Vaccination Hyderabad 1872-1889 - 1872-1889
Year: 1872
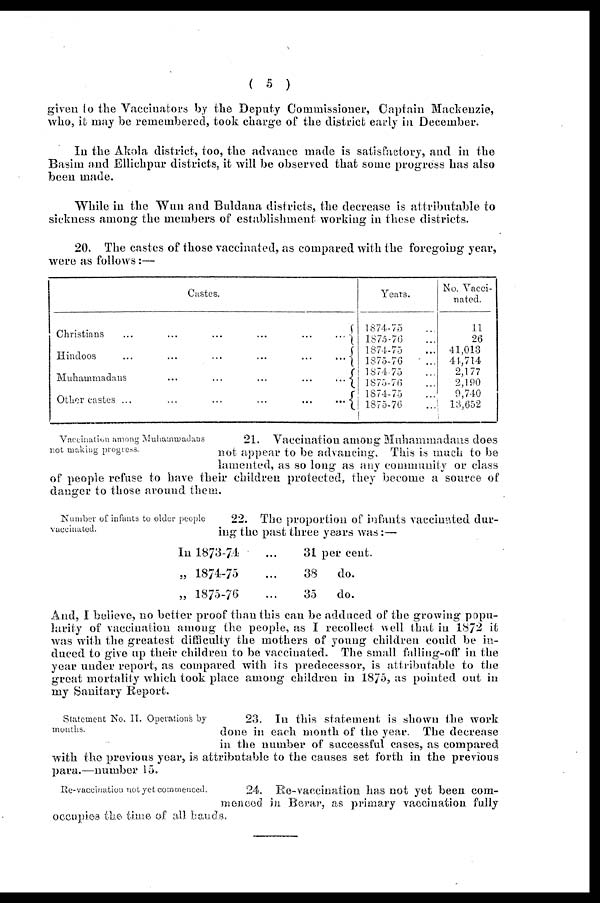
( 5 )
given to the Vaccinators by the Deputy Commissioner, Captain Mackenzie,
who, it may be remembered, took charge of the district early in December.
In the Akola district, too, the advance made is satisfactory, and in the
Basim and Ellichpur districts, it will be observed that some progress has also
been made.
While in the Wun and Buldana districts, the decrease is attributable to
sickness among the members of establishment working in these districts.
20. The castes of those vaccinated, as compared with the foregoing year,
were as follows:—
Castes.
Christians
...
...
...
...
...
...
Hindoos
...
...
...
...
...
...
Muhammadans
...
...
...
...
...
...
Other castes ...
...
...
...
...
...
Years.
1874-75 ...
1875-76 ...
1874-75 ...
1875-76...
1874-75 ...
1875-76 ...
1874-75 ...
1875-76 ...
No. Vacci-
nated.
11
26
41,013
44,714
2,177
2,190
9,740
13,652
Vaccination among Muhammadans
not making progress.
21. Vaccination among Muhammadans does
not appear to be advancing. This is much to be
lamented, as so long as any cominunity or class
of people refuse to have their children protected, they become a source of
danger to those around them.
Number of infants to older people
vaccinated.
22. The proportion of infants vaccinated dur-
ing the past three years was:—
In 1873-74 ...
„ 1874-75 ...
„ 1875-76 ...
31 per cent.
38 do.
35 do.
And, I believe, no better proof than this can be adduced of the growing popu-
larity of vaccination among the people, as I recollect well that in 1872 it
was with the greatest difficulty the mothers of young children could be in-
duced to give up their children to be vaccinated. The small falling-off in the
year under report, as compared with its predecessor, is attributable to the
great mortality which took place among children in 1875, as pointed out in
my Sanitary Report.
Statement No. II. Operations by
months.
23. In this statement is shown the work
done in each month of the year. The decrease
in the number of successful cases, as compared
with the previous year, is attributable to the causes set forth in the previous
para.—number 15.
Re-vaccination not yet commenced.
24. Re-vaccination has not yet been com-
menced in Berar, as primary vaccination fully
occupies the time of all hands.